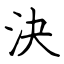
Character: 決